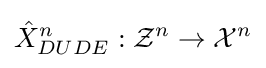
{\hat {X}}_{DUDE}^{n}:{\mathcal {Z}}^{n}\to {\mathcal {X}}^{n}